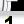
Digit: 1